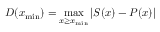
D ( x _ { \mathrm { m i n } } ) = \operatorname* { m a x } _ { x \ge x _ { \mathrm { m i n } } } | S ( x ) - P ( x ) |